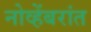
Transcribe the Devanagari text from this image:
नोव्हेंबरांत